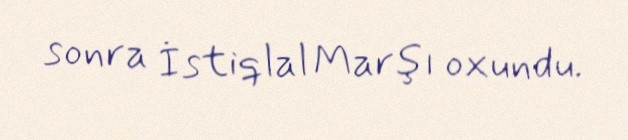
sonra İstiqlal Marşı oxundu.